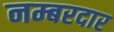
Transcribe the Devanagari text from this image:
नम्बरदार